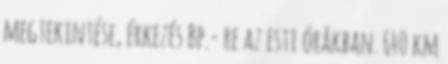
megtekintése, érkezés Bp.- re az esti órákban. 640 km